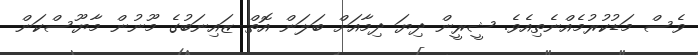
ވެސް މަޑުކުރުމެއްނެތިއެވެ. ޝީރީން ދިޔަ ދިމާއަށް ބަލަން އޮތް ޒައިނަބުގެ މޫނުން މާޔޫސްކަން